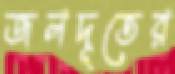
জলদূতের